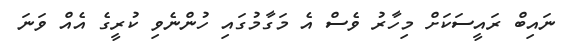
ނައިބް ރައީސަކަށް މިހާރު ވެސް އެ މަގާމުގައި ހުންނެވި ކުރީގެ އެއް ވަނަ